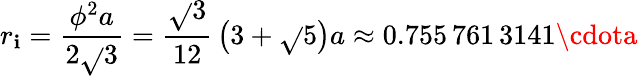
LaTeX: r_{\mathbf{i}}={\frac{{\phi^{2}a}}{{2{\sqrt{}{{3}}}}}}={\frac{{\sqrt{}{{3}}}}{{12}}}\left(3+{\sqrt{}{{5}}}\right)a\approx0.755\, 761\, 3141\cdota